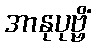
အာနုပုဗ္ဗိံ